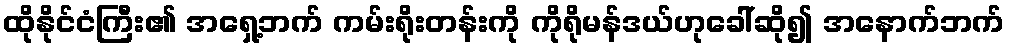
ထိုနိုင်ငံကြီး၏ အရှေ့ဘက် ကမ်းရိုးတန်းကို ကိုရိုမန်ဒယ်ဟုခေါ်ဆို၍ အနောက်ဘက်